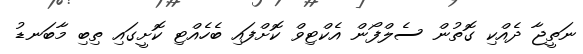
ނަތީޖާ ދެއްކި ގޮތުން ސެލްފޯން އެކްޓިވް ކޮށްފައި ބެހެއްޓި ކޮށީގައި ތިބި މާބަނޑު